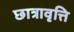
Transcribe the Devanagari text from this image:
छात्रावृत्ति